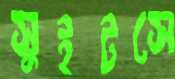
সুইটসে